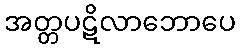
အတ္တပဋိလာဘောပေ